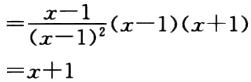
\[
\begin{align*}
&=\frac{x - 1}{(x - 1)^2}(x - 1)(x + 1)\\
&=x + 1
\end{align*}
\]